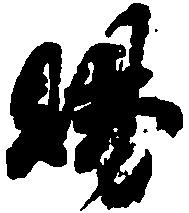
賜